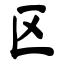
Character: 区